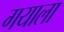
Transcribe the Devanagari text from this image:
गयाला